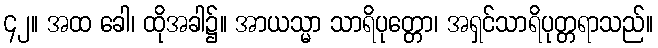
၄၂။ အထ ခေါ၊ ထိုအခါ၌။ အာယသ္မာ သာရိပုတ္တော၊ အရှင်သာရိပုတ္တရာသည်။